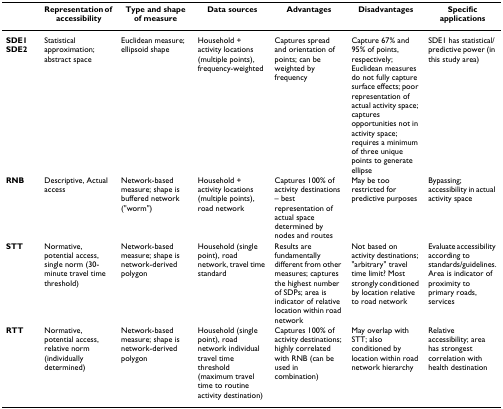
<table><thead><tr><td></td><td><b>Representation of accessibility</b></td><td><b>Type and shape of measure</b></td><td><b>Data sources</b></td><td><b>Advantages</b></td><td><b>Disadvantages</b></td><td><b>Specific applications</b></td></tr></thead><tbody><tr><td><b>SDE1</b><b>SDE2</b></td><td>Statistical approximation; abstract space</td><td>Euclidean measure; ellipsoid shape</td><td>Household + activity locations (multiple points), frequency-weighted</td><td>Captures spread and orientation of points; can be weighted by frequency</td><td>Capture 67% and 95% of points, respectively; Euclidean measures do not fully capture surface effects; poor representation of actual activity space; captures opportunities not in activity space; requires a minimum of three unique points to generate ellipse</td><td>SDE1 has statistical/predictive power (in this study area)</td></tr><tr><td><b>RNB</b></td><td>Descriptive, Actual access</td><td>Network-based measure; shape is buffered network (&quot;worm&quot;)</td><td>Household + activity locations (multiple points), road network</td><td>Captures 100% of activity destinations – best representation of actual space determined by nodes and routes</td><td>May be too restricted for predictive purposes</td><td>Bypassing; accessibility in actual activity space</td></tr><tr><td><b>STT</b></td><td>Normative, potential access, single norm (30-minute travel time threshold)</td><td>Network-based measure; shape is network-derived polygon</td><td>Household (single point), road network, travel time standard</td><td>Results are fundamentally different from other measures; captures the highest number of SDPs; area is indicator of relative location within road network</td><td>Not based on activity destinations; &quot;arbitrary&quot; travel time limit? Most strongly conditioned by location relative to road network</td><td>Evaluate accessibility according to standards/guidelines.Area is indicator of proximity to primary roads, services</td></tr><tr><td><b>RTT</b></td><td>Normative, potential access, relative norm (individually determined)</td><td>Network-based measure; shape is network-derived polygon</td><td>Household (single point), road network individual travel time threshold (maximum travel time to routine activity destination)</td><td>Captures 100% of activity destinations; highly correlated with RNB (can be used in combination)</td><td>May overlap with STT; also conditioned by location within road network hierarchy</td><td>Relative accessibility; area has strongest correlation with health destination</td></tr></tbody></table>